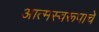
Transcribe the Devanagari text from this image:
आत्मस्वरूपाचे